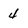
Character: 4